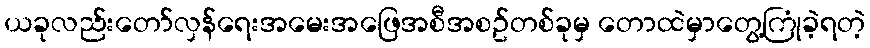
ယခုလည်းတော်လှန်ရေးအမေးအဖြေအစီအစဥ်တစ်ခုမှ တောထဲမှာတွေ့ကြုံခဲ့ရတဲ့